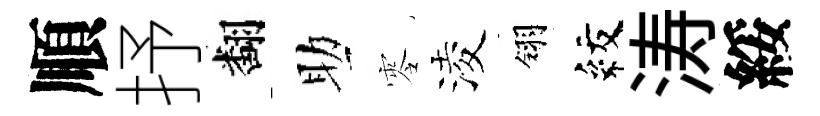
順抒翻助零淩翎紋涛綏